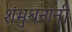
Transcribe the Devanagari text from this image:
शंभुधनांनी